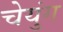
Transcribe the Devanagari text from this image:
चेयुंग